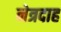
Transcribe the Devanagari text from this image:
नेत्रदाह